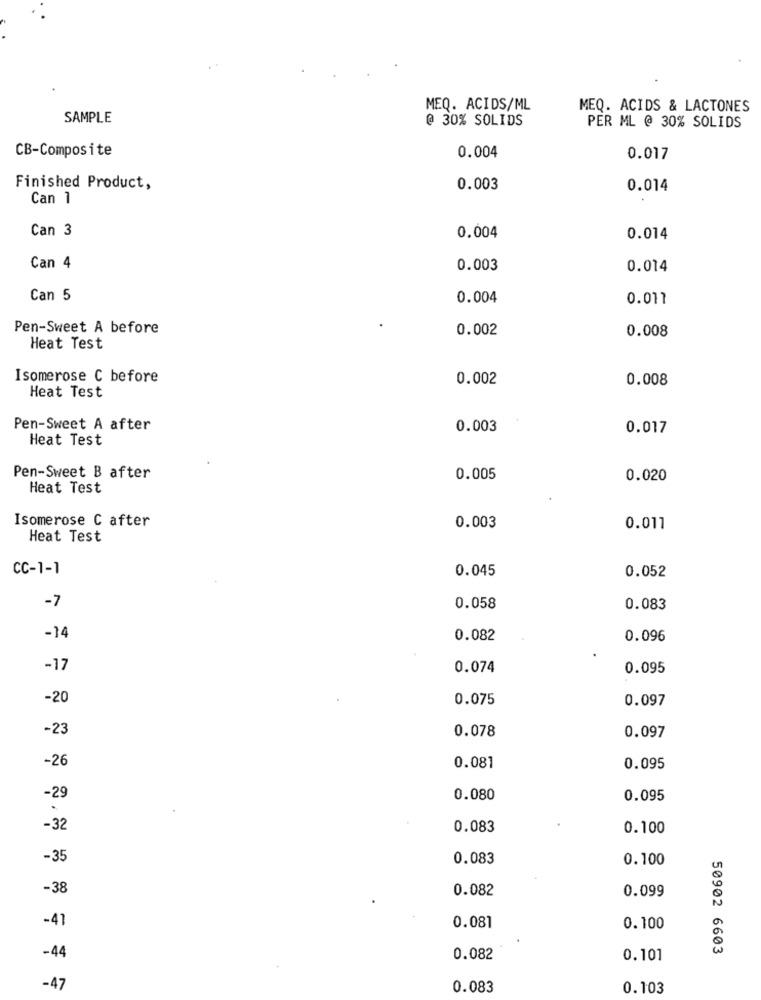
MEQ. ACIDS/ML
MEQ. ACIDS & LACTONES
SAMPLE
@ 30% SOLIDS
PER ML @ 30% SOLIDS
CB-Composite
0.004
0.017
Finished Product,
0.003
0.014
Can 1
Can 3
0.004
0.014
Can 4
0.003
0.014
Can 5
0.004
0.017
Pen-Sweet A before
0.002
0.008
Heat Test
Isomerose C before
0.002
0.008
Heat Test
Pen-Sweet A after
0.003
0.017
Heat Test
Pen-Sweet B after
0.005
0.020
Heat Test
Isomerose C after
0.003
0.011
Heat Test
CC-1-1
0.045
0.052
-7
0.058
0.083
-14
0.082
0.096
-17
0.074
0.095
-20
0.075
0.097
-23
0.078
0.097
-26
0.081
0.095
-29
0.080
0.095
-32
0.083
0.100
-35
0.083
0.100
-38
0.082
0.099
-41
0.081
0.100
50902 6603
-44
0.082
0.101
-47
0.083
0.103